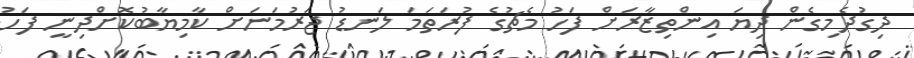
ދިގުދެމިގެން ދިޔަ އިންތިޒާރަށް ފަހު މެޗުގެ ފުރަތަމަ ލަނޑު ޖަރުމަނަށް ކާމިޔާބުކޮށްދިނީ ފަހު